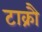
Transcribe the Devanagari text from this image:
टाक्रौ